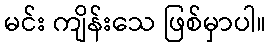
မင်း ကျိန်းသေ ဖြစ်မှာပါ။